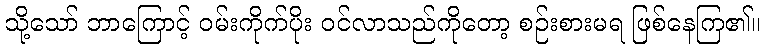
သို့သော် ဘာကြောင့် ဝမ်းကိုက်ပိုး ဝင်လာသည်ကိုတော့ စဉ်းစားမရ ဖြစ်နေကြ၏။